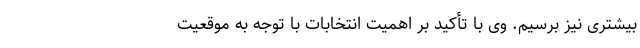
بیشتری نیز برسیم. وی با تأکید بر اهمیت انتخابات با توجه به موقعیت